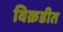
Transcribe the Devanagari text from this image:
विक्रडीत